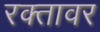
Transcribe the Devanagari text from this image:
रक्तावर